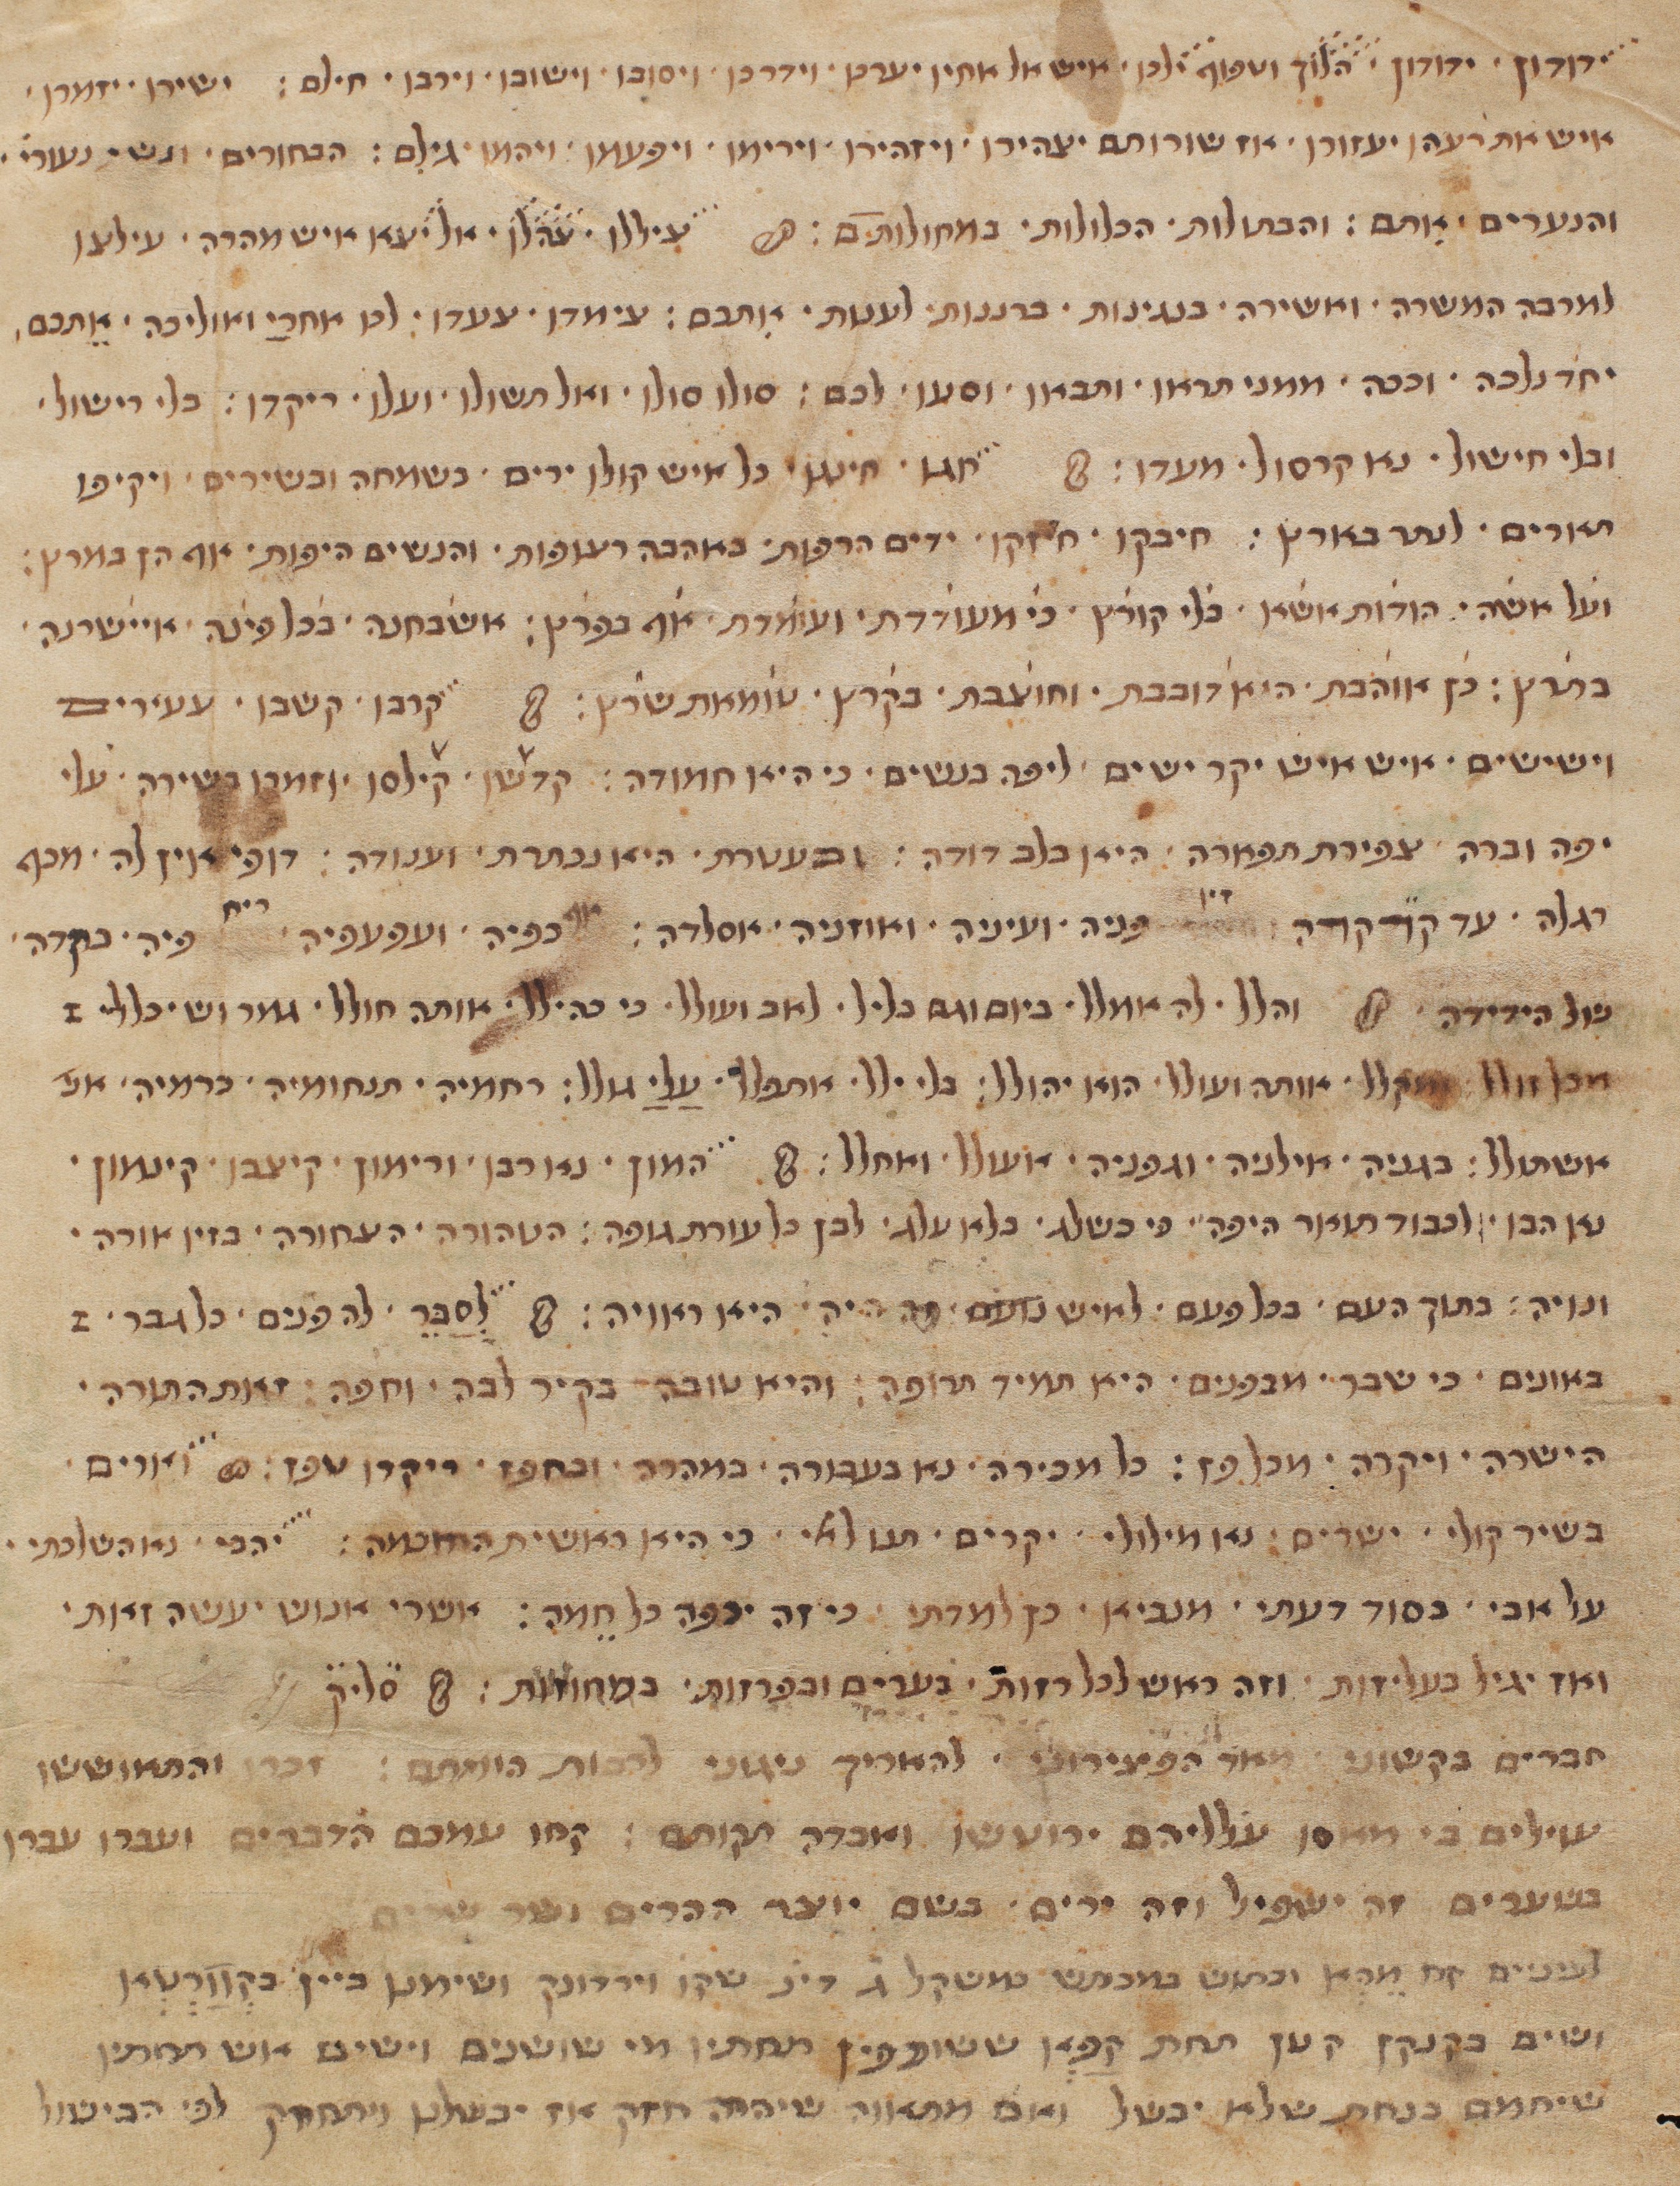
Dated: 1290–1290